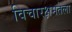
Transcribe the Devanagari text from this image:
विचारक्षमतेला